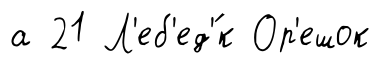
а 21 Л'еб'ед'́к Ор'ешок